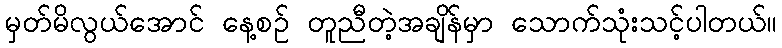
မှတ်မိလွယ်အောင် နေ့စဉ် တူညီတဲ့အချိန်မှာ သောက်သုံးသင့်ပါတယ်။